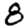
Digit: 8